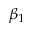
\beta _ { 1 }